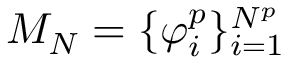
M _ { N } = \{ \varphi _ { i } ^ { p } \} _ { i = 1 } ^ { N ^ { p } }